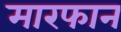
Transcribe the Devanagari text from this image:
मारफान